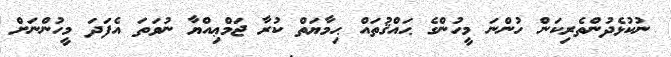
ނުކުޅެދުންތެރިކަން ހުންނަ މީހުންގެ ޙައްޤުތައް ޙިމާޔަތް ކުރާ ޖަމްޢިއްޔާ ނުވަތަ އެފަދަ މީހުންނަށް